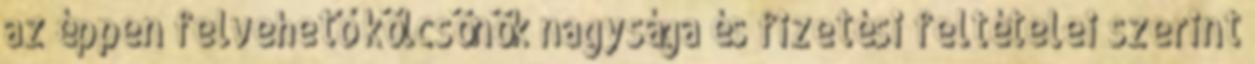
az éppen felvehető kölcsönök nagysága és fizetési feltételei szerint